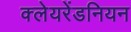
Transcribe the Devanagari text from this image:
क्लेयरेंडनियन